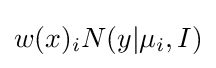
w(x)_{i}N(y|\mu _{i},I)